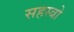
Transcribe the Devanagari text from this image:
सहस्त्रो